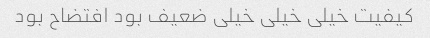
کیفیت خیلی خیلی خیلی ضعیف بود افتضاح بود